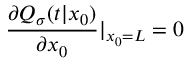
\frac { \partial Q _ { \sigma } ( t | x _ { 0 } ) } { \partial x _ { 0 } } | _ { x _ { 0 } = L } = 0